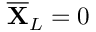
\overline { { \mathbf { X } } } _ { L } = 0